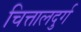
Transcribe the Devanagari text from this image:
चित्तालदुर्ग